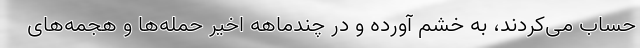
حساب می‌کردند، به خشم آورده و در چندماهه اخیر حمله‌ها و هجمه‌های